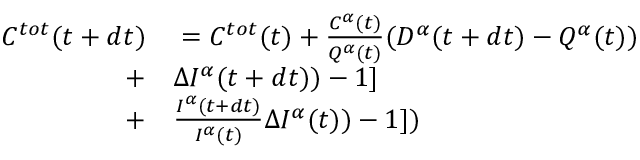
\begin{array} { r l } { C ^ { t o t } ( t + d t ) } & { { } = C ^ { t o t } ( t ) + \frac { C ^ { \alpha } ( t ) } { Q ^ { \alpha } ( t ) } ( D ^ { \alpha } ( t + d t ) - Q ^ { \alpha } ( t ) ) } \\ { + } & { { } \Delta I ^ { \alpha } ( t + d t ) ) - 1 ] } \\ { + } & { { } \frac { I ^ { \alpha } ( t + d t ) } { I ^ { \alpha } ( t ) } \Delta I ^ { \alpha } ( t ) ) - 1 ] ) } \end{array}